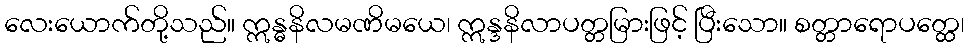
လေးယောက်တို့သည်။ ဣန္ဓနိလမဏိမယေ၊ ဣန္ဒနိလာပတ္တမြားဖြင့် ပြီးသော။ စတ္တာရောပတ္ထေ၊